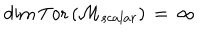
\mathrm { d i m } \, \mathrm { T o r } \left( { \cal M } _ { s c a l a r } \right) \, = \, \infty